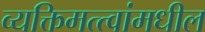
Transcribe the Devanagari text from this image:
व्यक्तिमत्त्वांमधील